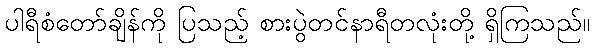
ပါရီစံတော်ချိန်ကို ပြသည့် စားပွဲတင်နာရီတလုံးတို့ ရှိကြသည်။